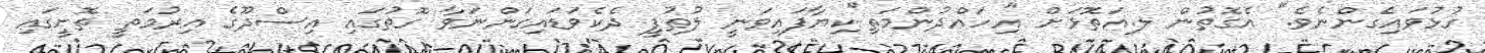
ގުޅުވައިގެންނެވެ." އެގޮތުން ލ.އަތޮޅަށް "އިހައްދުންމަތި"ކިޔާފައިވަނީ ލުޠުފީ ދެކެވަޑައިގަންނަވާ ގޮތުގައި އިސްދޫގެ އިރުމަތީ ތޮށީގައި